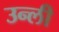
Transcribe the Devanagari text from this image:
उन्ली